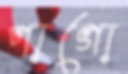
পাগো